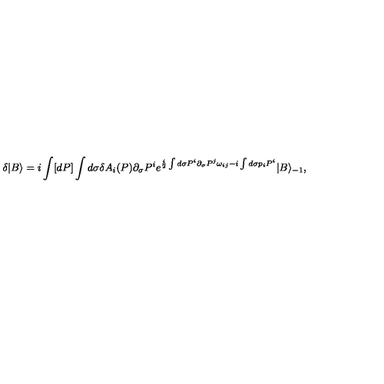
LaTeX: \delta | B \rangle = i \int [ d P ] \int d \sigma \delta A _ { i } ( P ) \partial _ { \sigma } P ^ { i } e ^ { \frac { i } { 2 } \int d \sigma P ^ { i } \partial _ { \sigma } P ^ { j } \omega _ { i j } - i \int d \sigma p _ { i } P ^ { i } } | B \rangle _ { - 1 } ,